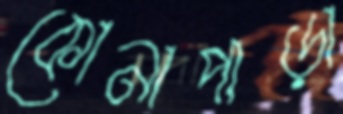
কোনাপাড়া